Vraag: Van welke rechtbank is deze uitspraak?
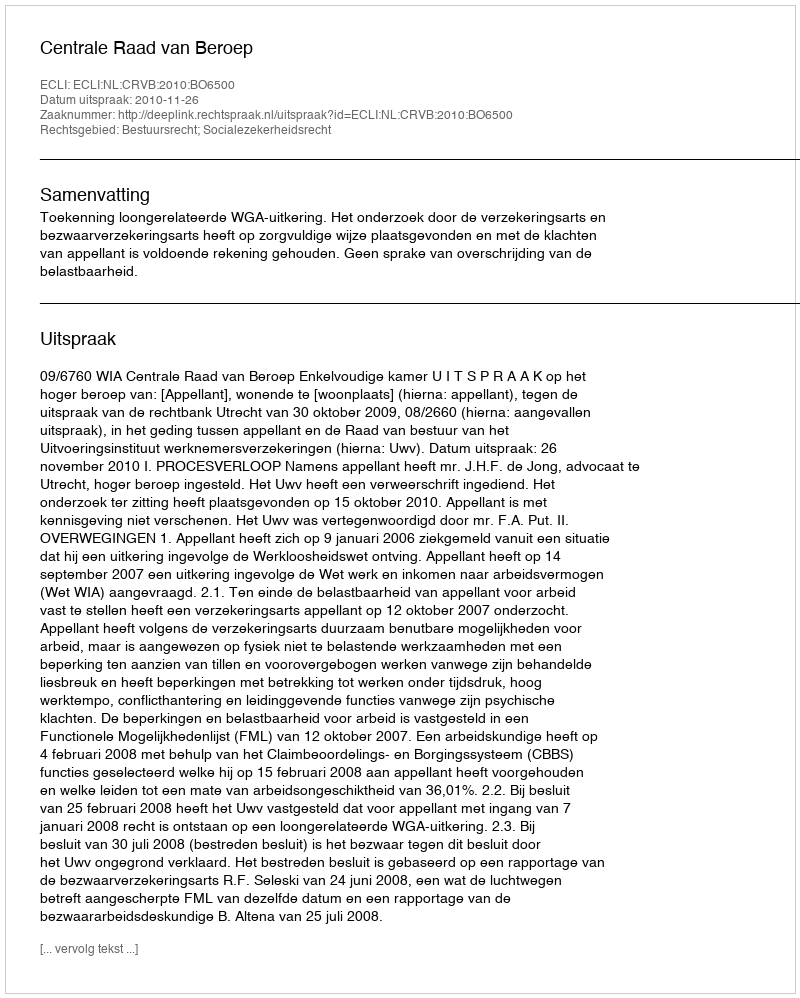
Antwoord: Centrale Raad van Beroep